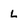
Character: L